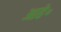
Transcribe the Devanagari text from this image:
आहे॰